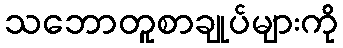
သဘောတူစာချုပ်များကို